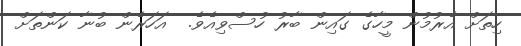
ހިތަށް އެރުމުން މީހާގެ ގައިން ބާރު ހުސްވިއެވެ.  އަހަރެން ބުނާ ކަންތަށް